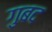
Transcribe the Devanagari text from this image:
गुबद